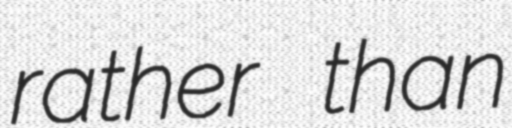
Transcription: rather than